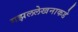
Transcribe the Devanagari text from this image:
गझललेखनाकडे